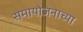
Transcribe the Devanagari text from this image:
समायोजनाच्या